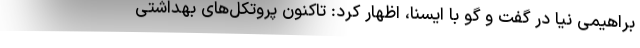
براهیمی نیا در گفت و گو با ایسنا، اظهار کرد: تاکنون پروتکل‌های بهداشتی